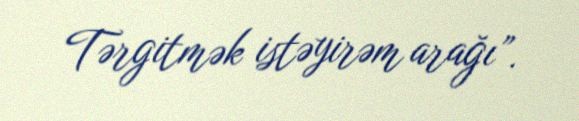
Tərgitmək istəyirəm arağı”.